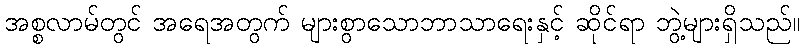
အစ္စလာမ်တွင် အရေအတွက် များစွာသောဘာသာရေးနှင့် ဆိုင်ရာ ဘွဲ့များရှိသည်။